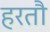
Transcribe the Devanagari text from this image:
हरतौ